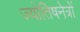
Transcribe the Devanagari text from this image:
ज्योतिषनेत्रों